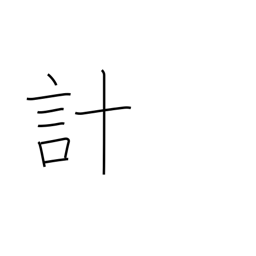
Meaning: scheme